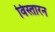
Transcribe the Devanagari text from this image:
विस्तारन